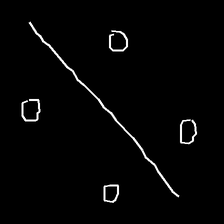
Glyph: cool